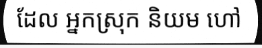
ដែល អ្នកស្រុក និយម ហៅ